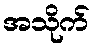
အသိုက်